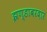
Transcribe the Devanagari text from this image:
झण्डाबरदार